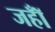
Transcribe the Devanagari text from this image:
जहॉँ